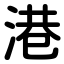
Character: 港